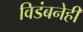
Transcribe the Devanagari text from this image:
विडंबनेही